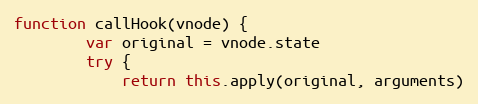
Language: JavaScript
function callHook(vnode) {
		var original = vnode.state
		try {
			return this.apply(original, arguments)